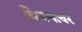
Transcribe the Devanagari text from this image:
किरणावर